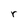
Character: r